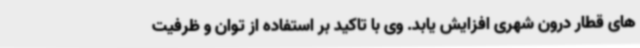
های قطار درون شهری افزایش یابد. وی با تاکید بر استفاده از توان و ظرفیت